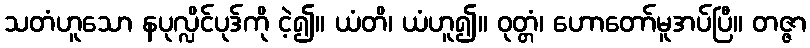
သတံဟူသော နပုလ္လိင်ပုဒ်ကို ငဲ့၍။ ယံတိ၊ ယံဟူ၍။ ဝုတ္တံ၊ ဟောတော်မူအပ်ပြီ။ တဇ္ဇာ